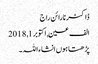
ڈاکٹر نارائن راج
الف عین, ‏اکتوبر 1, 2018
پڑھتا ہوں انشاءاللہ۔